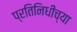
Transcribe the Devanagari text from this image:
प्रतिनिधीच्या